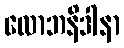
လောဘနိဒါနာ